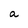
Character: a